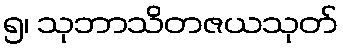
၅၊ သုဘာသိတဇယသုတ်